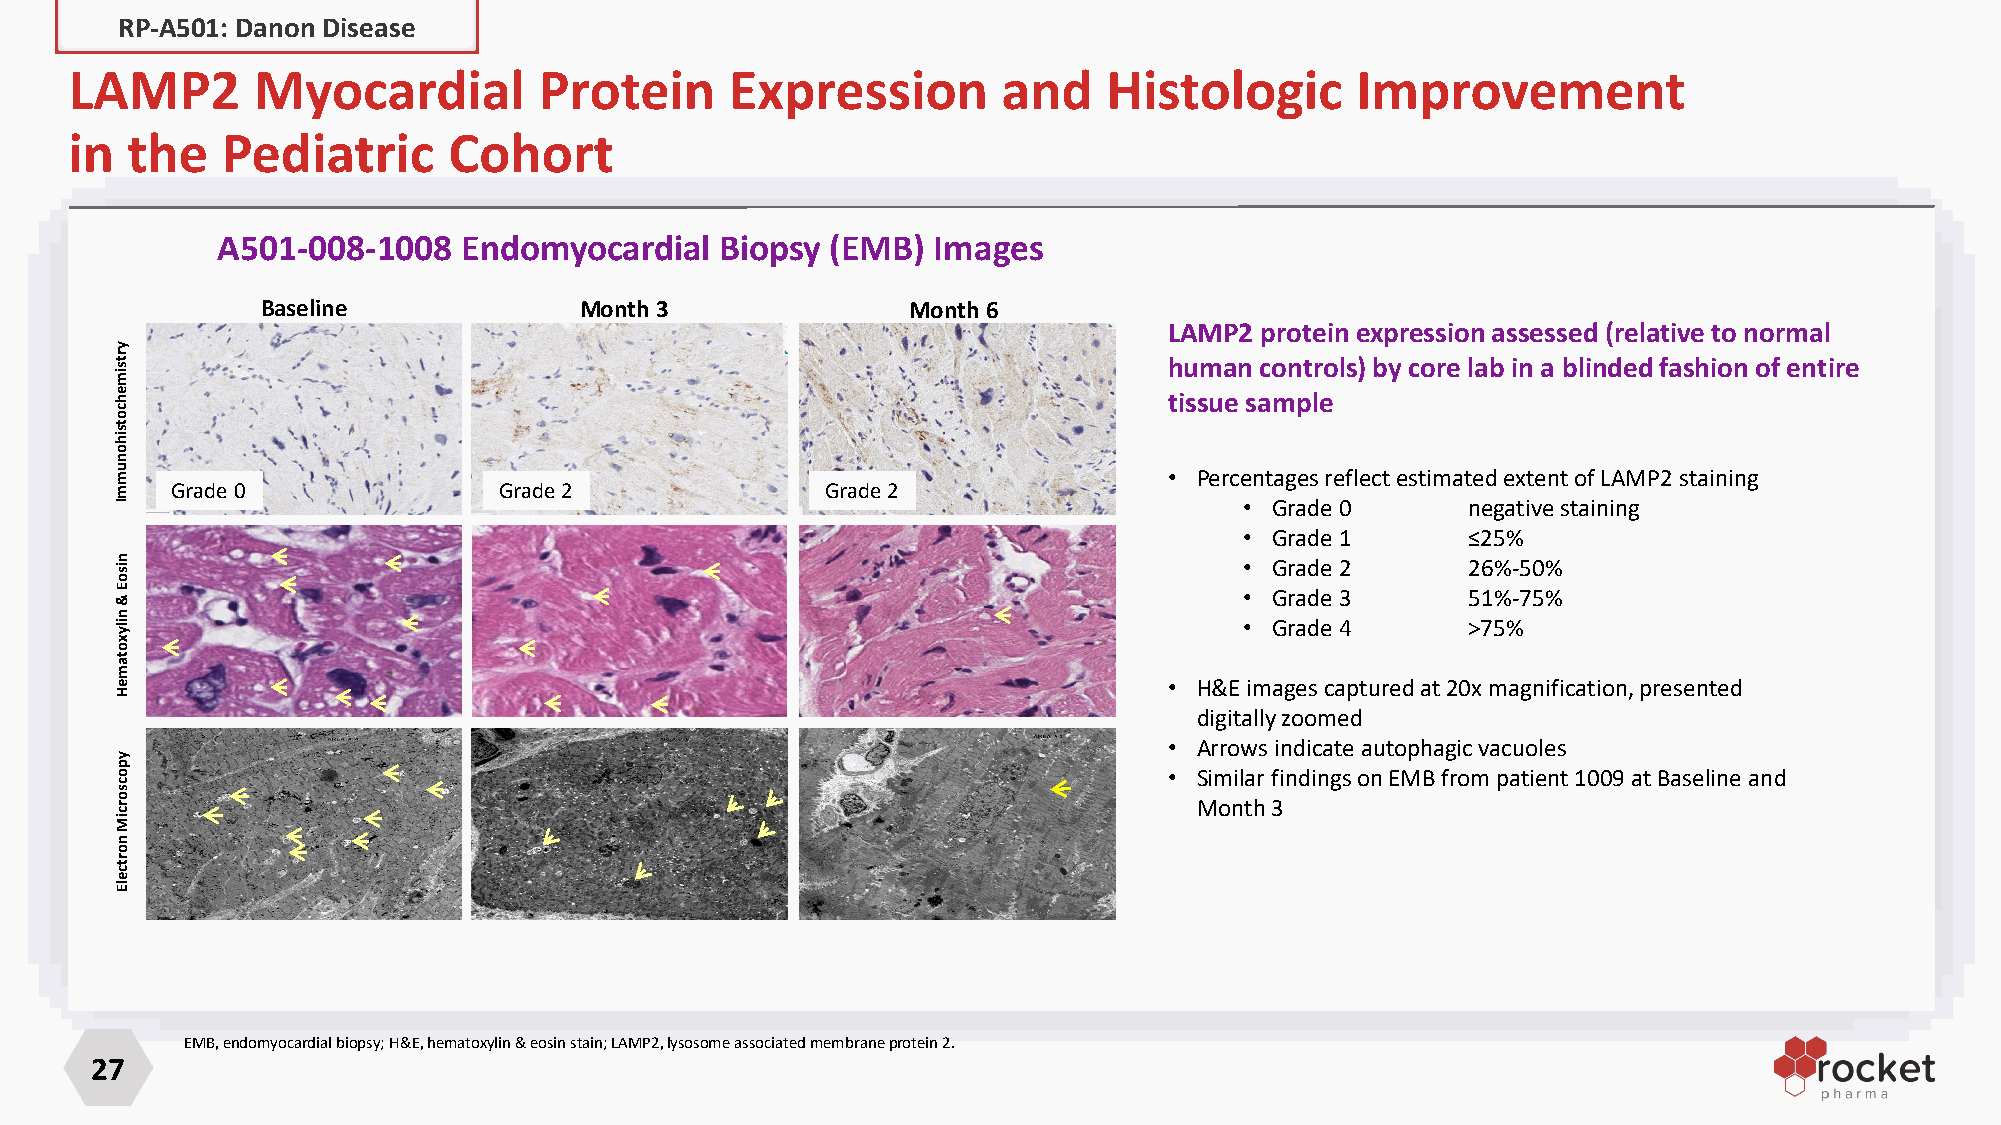
RP-A501: Danon Disease
 LAMP2       Myocardial         Protein     Expression        and    Histologic       Improvement
 in the    Pediatric      Cohort
 A501-008-1008    Endomyocardial   Biopsy (EMB)  Images
 Baseline             Month 3               Month 6
 LAMP2 protein expression assessed (relative to normal
 human controls) by core lab in a blinded fashion of entire
 tissue sample
 • Percentages reflect estimated extent of LAMP2 staining
 Grade 0               Grade 2               Grade 2
 • Grade 0      negative staining
 • Grade 1      ≤25%
 • Grade 2      26%-50%
 • Grade 3      51%-75%
 • Grade 4      >75%
 • H&E images captured at 20x magnification, presented
 digitally zoomed
 • Arrows indicate autophagic vacuoles
 • Similar findings on EMB from patient 1009 at Baseline and
 Month 3
 EMB, endomyocardial biopsy; H&E, hematoxylin & eosin stain; LAMP2, lysosome associatedmembraneprotein 2.
 27
 yrtsimehcotsihonummI
 nisoE
 &
 nilyxotameH
 ypocsorciM
 nortcelE